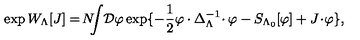
\exp W _ { \Lambda } [ J ] = \! N \! \! \! \int \! { \cal D } \varphi \exp \{ - \frac { 1 } { 2 } \varphi \cdot \Delta _ { \Lambda } ^ { - 1 } \! \cdot \varphi - S _ { \Lambda _ { 0 } } [ \varphi ] + J \! \cdot \! \varphi \} ,